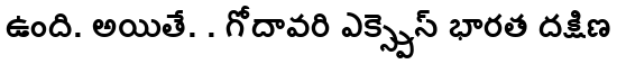
ఉంది. అయితే. . గోదావరి ఎక్స్ప్రెస్ భారత దక్షిణ